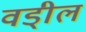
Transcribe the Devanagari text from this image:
वडी्ल